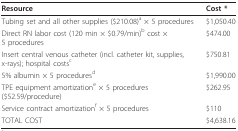
<table><thead><tr><td><b>Resource</b></td><td><b>Cost *</b></td></tr></thead><tbody><tr><td>Tubing set and all other supplies ($210.08)<sup>a </sup>× 5 procedures</td><td>$1,050.40</td></tr><tr><td>Direct RN labor cost (120 min × $0.79/min)<sup>b </sup>cost × 5 procedures</td><td>$474.00</td></tr><tr><td>Insert central venous catheter (incl. catheter kit, supplies, x-rays); hospital costs<sup>c</sup></td><td>$750.81</td></tr><tr><td>5% albumin × 5 procedures<sup>d</sup></td><td>$1,990.00</td></tr><tr><td>TPE equipment amortization<sup>e </sup>× 5 procedures ($52.59/procedure)</td><td>$262.95</td></tr><tr><td>Service contract amortization<sup>f </sup>× 5 procedures</td><td>$110</td></tr><tr><td>TOTAL COST</td><td>$4,638.16</td></tr></tbody></table>